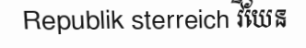
Republik sterreich វីយែន